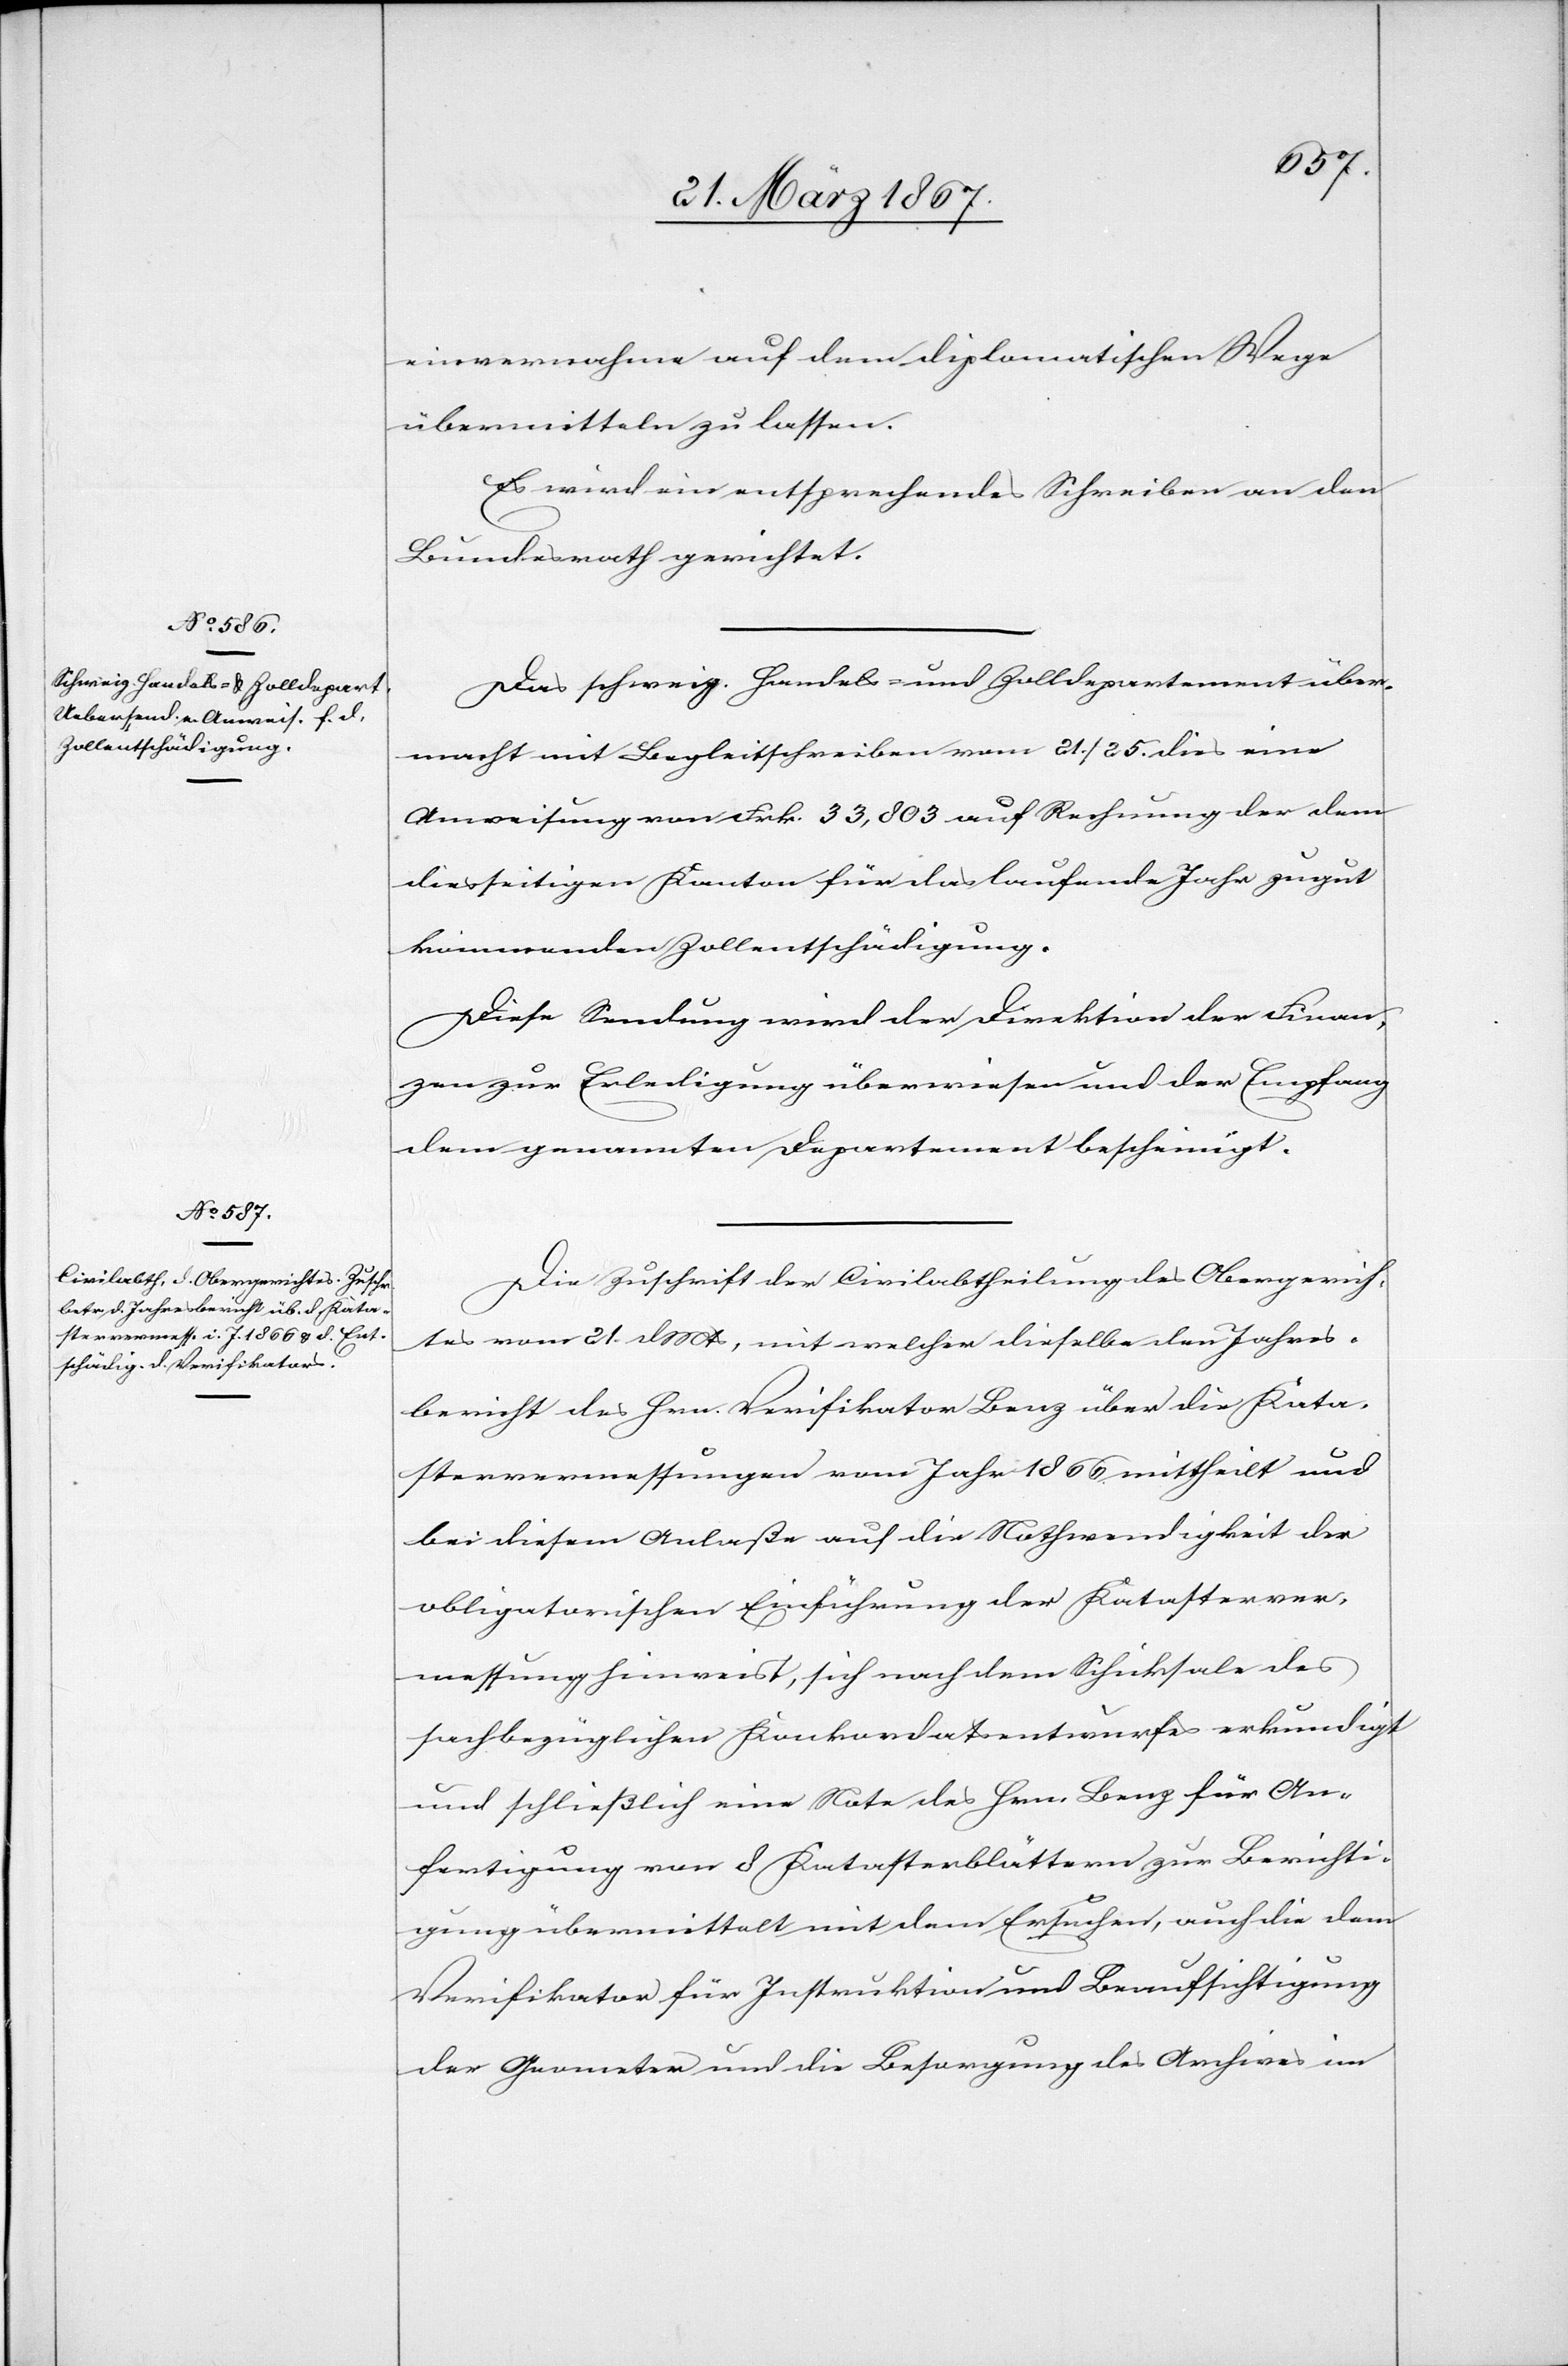
27. März 1867.]
einvernahme auf dem diplomatischen Wege
übermitteln zu lassen.
Es wird ein entsprechendes Schreiben an den
Bundesrath gerichtet.
Das schweiz. Handels- und Zolldepartement über¬
macht mit Begleitschreiben vom 21. / 25. dies eine
Anweisung von Frk. 33,803 auf Rechnung der dem
diesseitigen Kanton für das laufende Jahr zugut
kommenden Zollentschädigung.
Diese Sendung wird der Direktion der Finan¬
zen zur Erledigung überwiesen und der Empfang
dem genannten Departement bescheinigt.
Die Zuschrift der Civilabtheilung des Obergerich¬
tes vom 21. d. Mts, mit welcher dieselbe den Jahres¬
bericht des Hrn. Verifikator Benz über die Kata¬
stervermessungen vom Jahr 1866 mittheilt und
bei diesem Anlaße auf die Nothwendigkeit der
obligatorischen Einführung der Katasterver¬
messung hinweist, sich nach dem Schicksale des
sachbezüglichen Konkordatsentwurfes erkundigt
und schließlich eine Note des Hrn. Benz für An¬
fertigung von 8 Katasterblättern zur Berichti¬
gung übermittelt mit dem Ersuchen, auch die dem
Verifikator für Instruktion und Beaufsichtigung
der Geometer und die Besorgung des Archives im